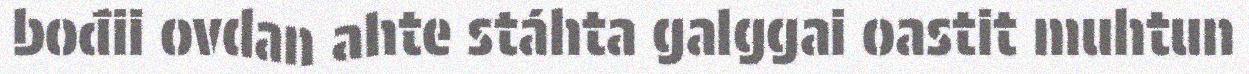
bođii ovdan ahte stáhta galggai oastit muhtun